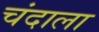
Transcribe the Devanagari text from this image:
चंदाला